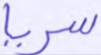
سريا